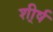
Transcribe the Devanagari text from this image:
शी्र्ष